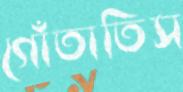
গোঁতাতিস